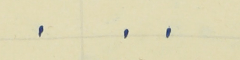
.    .    .